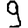
Digit: 9